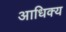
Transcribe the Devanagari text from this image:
आधिक्‍य